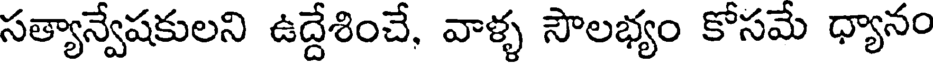
సత్యాన్వేషకులని ఉద్దేశించే, వాళ్ళ సౌలభ్యం కోసమే ధ్యానం